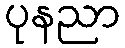
ပုနညာ